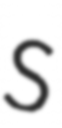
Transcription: S